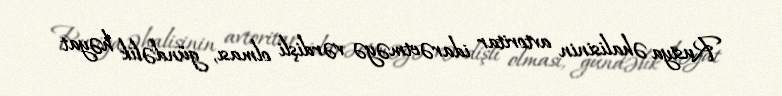
Rusiya əhalisinin avtoritar idarəetməyə vərdişli olması, gündəlik həyat